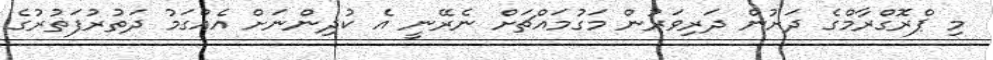
މި ޕްރޮގްރާމްގެ ދަށުން ދަރިވަރުން މަގުމައްޗަށް ނެރޭނީ އެ ކުދިންނަށް އެއްގަމު ދަތުރުފަތުރުގެ